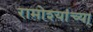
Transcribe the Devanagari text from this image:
रामोश्यांच्या